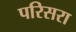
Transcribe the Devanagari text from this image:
परिसरा